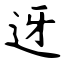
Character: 迓